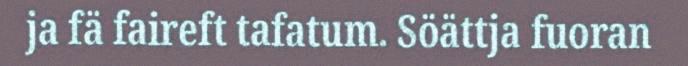
ja fä faireft tafatum. Söättja fuoran